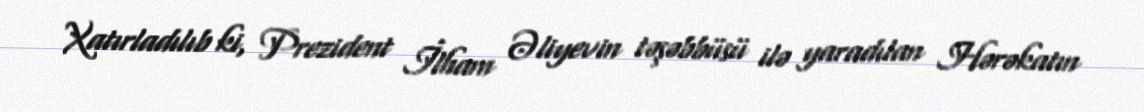
Xatırladılıb ki, Prezident İlham Əliyevin təşəbbüsü ilə yaradılan Hərəkatın